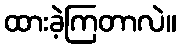
ထားခဲ့ကြတာလဲ။